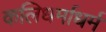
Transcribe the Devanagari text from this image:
कलिधर्माधर्म